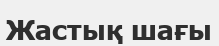
Жастық шағы